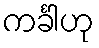
ကင်္ခါဟု